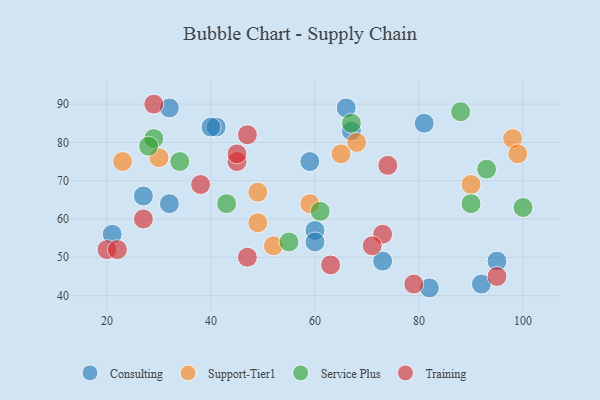
{"axis": {"x": "GDP", "y": "Life Expectancy"}, "legend": ["Consulting", "Service Plus", "Support-Tier1", "Training"], "data": [{"x": "41", "y": 84, "type": "Consulting"}, {"x": "92", "y": 43, "type": "Consulting"}, {"x": "59", "y": 75, "type": "Consulting"}, {"x": "81", "y": 85, "type": "Consulting"}, {"x": "67", "y": 83, "type": "Consulting"}, {"x": "40", "y": 84, "type": "Consulting"}, {"x": "82", "y": 42, "type": "Consulting"}, {"x": "73", "y": 49, "type": "Consulting"}, {"x": "32", "y": 64, "type": "Consulting"}, {"x": "60", "y": 57, "type": "Consulting"}, {"x": "27", "y": 66, "type": "Consulting"}, {"x": "66", "y": 89, "type": "Consulting"}, {"x": "21", "y": 56, "type": "Consulting"}, {"x": "32", "y": 89, "type": "Consulting"}, {"x": "95", "y": 49, "type": "Consulting"}, {"x": "60", "y": 54, "type": "Consulting"}, {"x": "49", "y": 59, "type": "Support-Tier1"}, {"x": "52", "y": 53, "type": "Support-Tier1"}, {"x": "90", "y": 69, "type": "Support-Tier1"}, {"x": "98", "y": 81, "type": "Support-Tier1"}, {"x": "23", "y": 75, "type": "Support-Tier1"}, {"x": "30", "y": 76, "type": "Support-Tier1"}, {"x": "68", "y": 80, "type": "Support-Tier1"}, {"x": "59", "y": 64, "type": "Support-Tier1"}, {"x": "65", "y": 77, "type": "Support-Tier1"}, {"x": "49", "y": 67, "type": "Support-Tier1"}, {"x": "99", "y": 77, "type": "Support-Tier1"}, {"x": "43", "y": 64, "type": "Service Plus"}, {"x": "93", "y": 73, "type": "Service Plus"}, {"x": "88", "y": 88, "type": "Service Plus"}, {"x": "100", "y": 63, "type": "Service Plus"}, {"x": "90", "y": 64, "type": "Service Plus"}, {"x": "29", "y": 81, "type": "Service Plus"}, {"x": "28", "y": 79, "type": "Service Plus"}, {"x": "34", "y": 75, "type": "Service Plus"}, {"x": "67", "y": 85, "type": "Service Plus"}, {"x": "55", "y": 54, "type": "Service Plus"}, {"x": "61", "y": 62, "type": "Service Plus"}, {"x": "27", "y": 60, "type": "Training"}, {"x": "74", "y": 74, "type": "Training"}, {"x": "79", "y": 43, "type": "Training"}, {"x": "63", "y": 48, "type": "Training"}, {"x": "20", "y": 52, "type": "Training"}, {"x": "29", "y": 90, "type": "Training"}, {"x": "45", "y": 75, "type": "Training"}, {"x": "47", "y": 82, "type": "Training"}, {"x": "38", "y": 69, "type": "Training"}, {"x": "22", "y": 52, "type": "Training"}, {"x": "73", "y": 56, "type": "Training"}, {"x": "95", "y": 45, "type": "Training"}, {"x": "45", "y": 77, "type": "Training"}, {"x": "47", "y": 50, "type": "Training"}, {"x": "71", "y": 53, "type": "Training"}]}